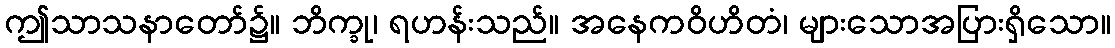
ဤသာသနာတော်၌။ ဘိက္ခု၊ ရဟန်းသည်။ အနေကဝိဟိတံ၊ များသောအပြားရှိသော။